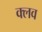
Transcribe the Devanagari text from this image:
क्‍लव